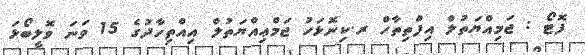
ފޮޓޯ : ޖަމިއްޔަތުލް އިފްތިތާހް ރ.ކިނޮޅަހު ޖަމްޢިއްޔަތުލް އިއްތިހާދުގެ 15 ވަނަ ވޮލީބޯޅަ